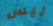
ليس